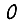
Digit: 0